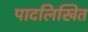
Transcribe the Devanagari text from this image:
पादलिखित